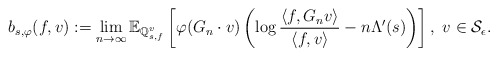
\begin{align*}b_{s, \varphi}(f, v): = \lim_{n \to \infty} \mathbb{E}_{\mathbb{Q}_{s,f}^v} \left[ \varphi(G_n \cdot v) \left( \log \frac{\langle f, G_n v \rangle}{\langle f, v \rangle} - n \Lambda'(s) \right) \right],\ v \in \mathcal{S}_{\epsilon}. \end{align*}